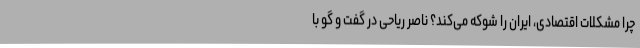
چرا مشکلات اقتصادی، ایران را شوکه می‌کند؟ ناصر ریاحی در گفت و گو با